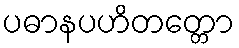
ပဓာနပဟိတတ္တော